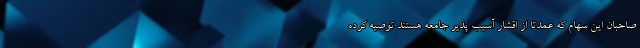
صاحبان این سهام که عمدتا از اقشار آسیب پذیر جامعه هستند توصیه کرده